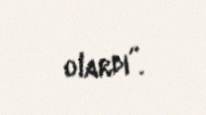
olardı”.